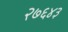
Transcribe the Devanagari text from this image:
२७६४३